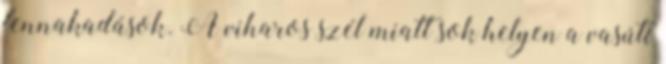
fennakadások. A viharos szél miatt sok helyen a vasúti